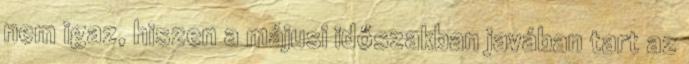
nem igaz, hiszen a májusi időszakban javában tart az